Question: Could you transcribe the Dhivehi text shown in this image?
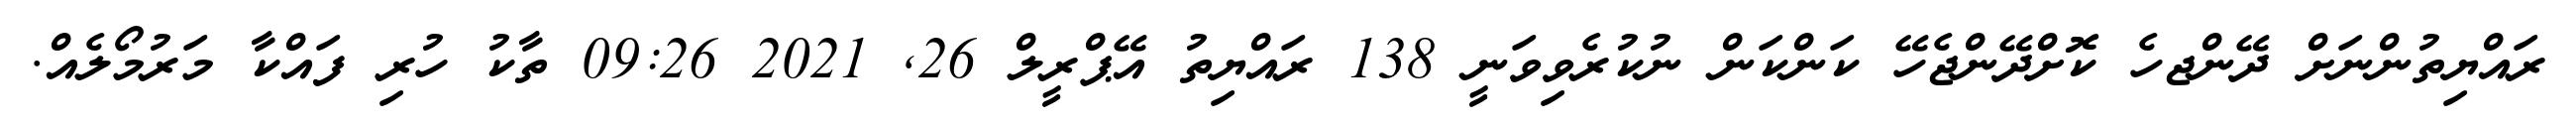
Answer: ރައްޔިތުންނަށް ދޭންޖހެ ކޮށްދޭންޖެހޭ ކަންކަން ނުކުރެވިވަނީ 138 ރައްޔިތު އޭޕްރީލް 26, 2021 09:26 ތާކު ހުރި ފައްކާ މަރުމޯލެއް.